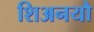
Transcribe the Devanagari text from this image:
शिअनयौ